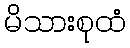
မိသားစုထံ